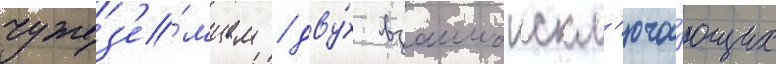
чужез'е́мцем / дву́х взаимоискл'юча́ющих